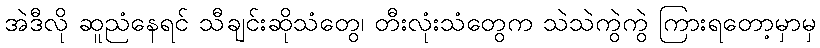
အဲဒီလို ဆူညံနေရင် သီချင်းဆိုသံတွေ၊ တီးလုံးသံတွေက သဲသဲကွဲကွဲ ကြားရတော့မှာမှ